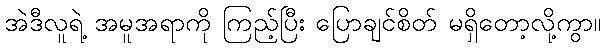
အဲဒီလူရဲ့ အမူအရာကို ကြည့်ပြီး ပြောချင်စိတ် မရှိတော့လို့ကွာ။